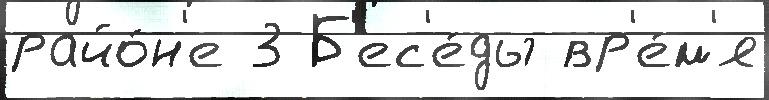
райо́н'е 3 Б'ес'е́ды вр'е́м'я